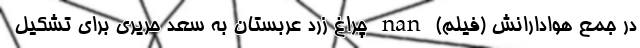
در جمع هوادارانش (فیلم) nan چراغ زرد عربستان به سعد حریری برای تشکیل